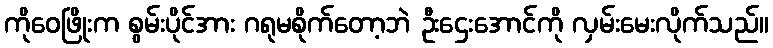
ကိုဝေဖြိုးက စွမ်းပိုင်အား ဂရုမစိုက်တော့ဘဲ ဦးဌေးအောင်ကို လှမ်းမေးလိုက်သည်။